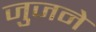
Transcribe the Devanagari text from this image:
जुजने